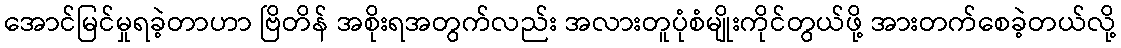
အောင်မြင်မှုရခဲ့တာဟာ ဗြိတိန် အစိုးရအတွက်လည်း အလားတူပုံစံမျိုးကိုင်တွယ်ဖို့ အားတက်စေခဲ့တယ်လို့